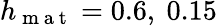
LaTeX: h_{\mathrm{~m~a~t~}}=0.6,\ 0.15